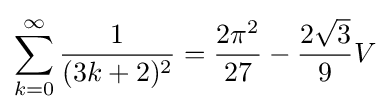
\sum _{k=0}^{\infty }{\frac {1}{(3k+2)^{2}}}={\frac {2\pi ^{2}}{27}}-{\frac {2{\sqrt {3}}}{9}}V